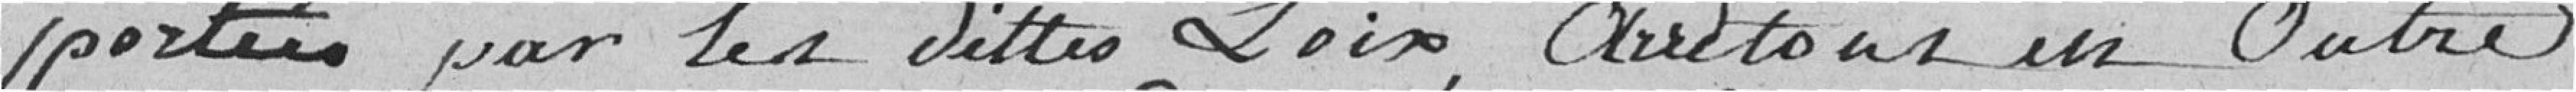
portées par les dites lois, arrêtons en outre